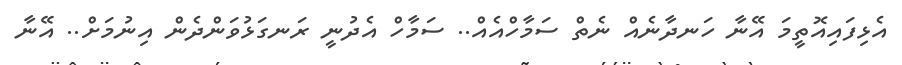
އެޅިފައިއޮތީމަ އޭނާ ހަނދާނެއް ނެތް ސަމާހްއެއް.. ސަމާހް އެދުނީ ރަނގަޅުވަންދެން އިނުމަށް.. އޭނާ